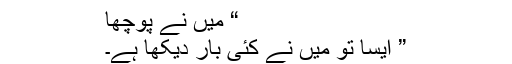
“ میں نے پوچھا
” ایسا تو میں نے کئی بار دیکھا ہے۔